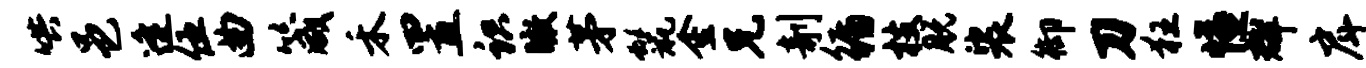
哄邑逄伍曲箴禾置识瞰茅鬣金兄剞循枝脱裟御刀狂慊群戽